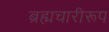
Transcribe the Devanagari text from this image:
ब्रह्मचारीरूप